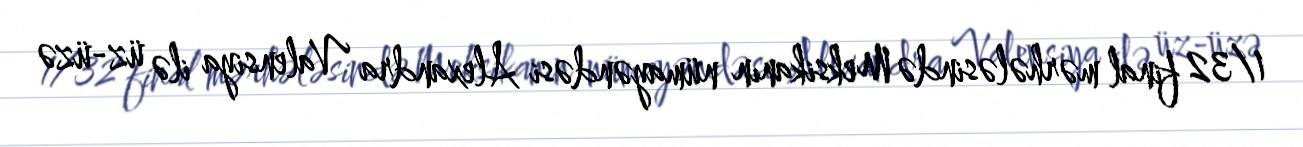
1/32 final mərhələsində Meksikanın nümayəndəsi Alexandra Valensiya ilə üz-üzə